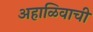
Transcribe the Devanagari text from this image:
अहाळिवाची